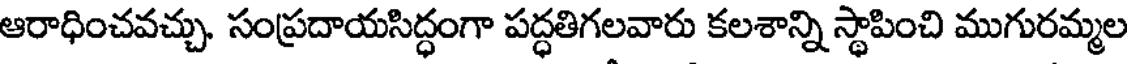
ఆరాధించవచ్చు. సంప్రదాయసిద్ధంగా పద్ధతిగలవారు కలశాన్ని స్థాపించి ముగురమ్మల